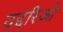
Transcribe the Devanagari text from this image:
दद्दरिओ